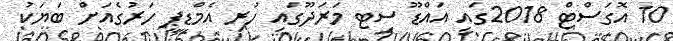
10 އޮގަސްޓް 2018ގައި އައްޑޫ ސިޓ މަރަދޫގައި ހުރި އެމްޑީޕީ ހަރުގެއަށް ބަޔަކު